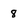
Character: 8